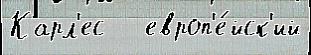
Карл'ес   европ'е́йск'ий